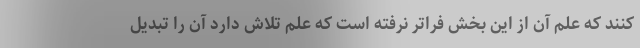
کنند که علم آن از این بخش فراتر نرفته است که علم تلاش دارد آن را تبدیل